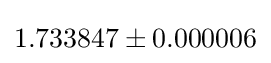
1.733847\pm 0.000006